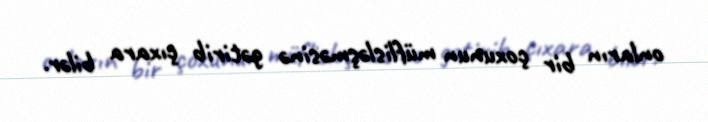
onların bir çoxunun müflisləşməsinə gətirib çıxara bilər.